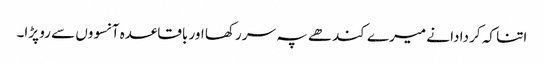
اتنا کہ کر دادا نے میرے کندھے پہ سر رکھا اور باقاعدہ آنسووں سے رو پڑا۔